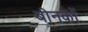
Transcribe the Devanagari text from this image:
बीनकों